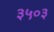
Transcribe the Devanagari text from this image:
३५०३